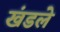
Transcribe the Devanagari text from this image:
खंडले